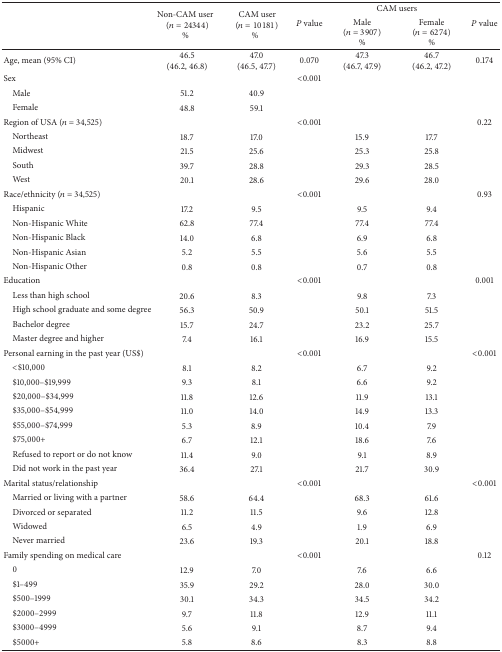
<table><thead><tr><td rowspan="2"></td><td rowspan="2"><b>Non-CAM user(<i>n</i> = 24344)%</b></td><td rowspan="2"><b>CAM user(<i>n</i> = 10181)%</b></td><td rowspan="2"><b><i>P</i> value</b></td><td colspan="2"><b>CAM users</b></td><td rowspan="2"><b><i>P</i> value</b></td></tr><tr><td><b>Male (<i>n</i> = 3907)%</b></td><td><b>Female (<i>n</i> = 6274)%</b></td></tr></thead><tbody><tr><td>Age, mean (95% CI)</td><td>46.5 (46.2, 46.8)</td><td>47.0 (46.5, 47.7)</td><td>0.070</td><td>47.3 (46.7, 47.9)</td><td>46.7 (46.2, 47.2)</td><td>0.174</td></tr><tr><td>Sex</td><td> </td><td> </td><td>&lt;0.001</td><td> </td><td> </td><td> </td></tr><tr><td> Male</td><td>51.2</td><td>40.9</td><td> </td><td> </td><td> </td><td> </td></tr><tr><td> Female </td><td>48.8</td><td>59.1</td><td> </td><td> </td><td> </td><td> </td></tr><tr><td>Region of USA (<i>n</i> = 34,525)</td><td> </td><td> </td><td>&lt;0.001</td><td> </td><td> </td><td>0.22</td></tr><tr><td> Northeast</td><td>18.7</td><td>17.0</td><td> </td><td>15.9</td><td>17.7</td><td> </td></tr><tr><td> Midwest</td><td>21.5</td><td>25.6</td><td> </td><td>25.3</td><td>25.8</td><td> </td></tr><tr><td> South</td><td>39.7</td><td>28.8</td><td> </td><td>29.3</td><td>28.5</td><td> </td></tr><tr><td> West</td><td>20.1</td><td>28.6</td><td> </td><td>29.6</td><td>28.0</td><td> </td></tr><tr><td>Race/ethnicity (<i>n</i> = 34,525)</td><td> </td><td> </td><td>&lt;0.001</td><td> </td><td> </td><td>0.93</td></tr><tr><td> Hispanic </td><td>17.2</td><td>9.5</td><td> </td><td>9.5</td><td>9.4</td><td> </td></tr><tr><td> Non-Hispanic White</td><td>62.8</td><td>77.4</td><td> </td><td>77.4</td><td>77.4</td><td> </td></tr><tr><td> Non-Hispanic Black</td><td>14.0</td><td>6.8</td><td> </td><td>6.9</td><td>6.8</td><td> </td></tr><tr><td> Non-Hispanic Asian</td><td>5.2</td><td>5.5</td><td> </td><td>5.6</td><td>5.5</td><td> </td></tr><tr><td> Non-Hispanic Other</td><td>0.8</td><td>0.8</td><td> </td><td>0.7</td><td>0.8</td><td> </td></tr><tr><td>Education </td><td> </td><td> </td><td>&lt;0.001</td><td> </td><td> </td><td>0.001</td></tr><tr><td> Less than high school</td><td>20.6</td><td>8.3</td><td> </td><td>9.8</td><td>7.3</td><td> </td></tr><tr><td> High school graduate and some degree</td><td>56.3</td><td>50.9</td><td> </td><td>50.1</td><td>51.5</td><td> </td></tr><tr><td> Bachelor degree</td><td>15.7</td><td>24.7</td><td> </td><td>23.2</td><td>25.7</td><td> </td></tr><tr><td> Master degree and higher </td><td>7.4</td><td>16.1</td><td> </td><td>16.9</td><td>15.5</td><td> </td></tr><tr><td>Personal earning in the past year (US$)</td><td> </td><td> </td><td>&lt;0.001</td><td> </td><td> </td><td>&lt;0.001</td></tr><tr><td> &lt;$10,000</td><td>8.1</td><td>8.2</td><td> </td><td>6.7</td><td>9.2</td><td> </td></tr><tr><td> $10,000–$19,999</td><td>9.3</td><td>8.1</td><td> </td><td>6.6</td><td>9.2</td><td> </td></tr><tr><td> $20,000–$34,999</td><td>11.8</td><td>12.6</td><td> </td><td>11.9</td><td>13.1</td><td> </td></tr><tr><td> $35,000–$54,999</td><td>11.0</td><td>14.0</td><td> </td><td>14.9</td><td>13.3</td><td> </td></tr><tr><td> $55,000–$74,999</td><td>5.3</td><td>8.9</td><td> </td><td>10.4</td><td>7.9</td><td> </td></tr><tr><td> $75,000+</td><td>6.7</td><td>12.1</td><td> </td><td>18.6</td><td>7.6</td><td> </td></tr><tr><td> Refused to report or do not know</td><td>11.4</td><td>9.0</td><td> </td><td>9.1</td><td>8.9</td><td> </td></tr><tr><td> Did not work in the past year </td><td>36.4</td><td>27.1</td><td> </td><td>21.7</td><td>30.9</td><td> </td></tr><tr><td>Marital status/relationship </td><td> </td><td> </td><td>&lt;0.001</td><td> </td><td> </td><td>&lt;0.001</td></tr><tr><td> Married or living with a partner</td><td>58.6</td><td>64.4</td><td> </td><td>68.3</td><td>61.6</td><td> </td></tr><tr><td> Divorced or separated </td><td>11.2</td><td>11.5</td><td> </td><td>9.6</td><td>12.8</td><td> </td></tr><tr><td> Widowed</td><td>6.5</td><td>4.9</td><td> </td><td>1.9</td><td>6.9</td><td> </td></tr><tr><td> Never married </td><td>23.6</td><td>19.3</td><td> </td><td>20.1</td><td>18.8</td><td> </td></tr><tr><td>Family spending on medical care</td><td> </td><td> </td><td>&lt;0.001</td><td> </td><td> </td><td>0.12</td></tr><tr><td> 0</td><td>12.9</td><td>7.0</td><td> </td><td>7.6</td><td>6.6</td><td> </td></tr><tr><td> $1–499</td><td>35.9</td><td>29.2</td><td> </td><td>28.0</td><td>30.0</td><td> </td></tr><tr><td> $500–1999</td><td>30.1</td><td>34.3</td><td> </td><td>34.5</td><td>34.2</td><td> </td></tr><tr><td> $2000–2999</td><td>9.7</td><td>11.8</td><td> </td><td>12.9</td><td>11.1</td><td> </td></tr><tr><td> $3000–4999</td><td>5.6</td><td>9.1</td><td> </td><td>8.7</td><td>9.4</td><td> </td></tr><tr><td> $5000+</td><td>5.8</td><td>8.6</td><td> </td><td>8.3</td><td>8.8</td><td> </td></tr></tbody></table>